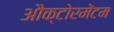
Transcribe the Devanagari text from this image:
औक्टोरमेंटम